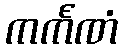
ကင်္ကဏံ